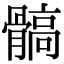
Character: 髇